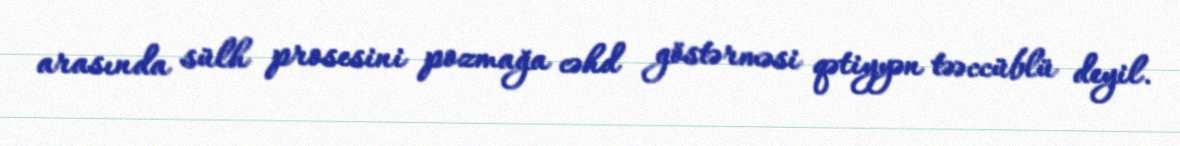
arasında sülh prosesini pozmağa cəhd göstərməsi qətiyyən təəccüblü deyil.